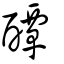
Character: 醰